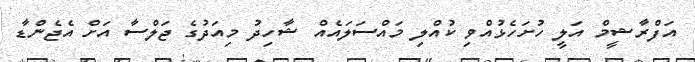
އަފްރާޝީމް އަލީ ހުށަހެޅުއްވި ކުއްލި މައްސަލައެއް ޝާހިދު މިއަދުގެ ޖަލްސާ އަށް އެޖެންޑާ